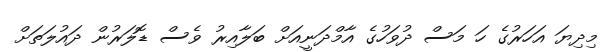
މިދިޔަ އަހަރުގެ ހަ މަސް ދުވަހުގެ އާމްދަނީއަށް ބަލާއިރު ވެސް ޑޮލަރުން ދައުލަތަށް